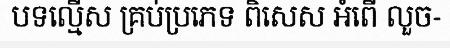
បទល្មើស គ្រប់ប្រភេទ ពិសេស អំពើ លួច-